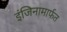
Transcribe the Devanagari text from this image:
इंजिनामार्फत